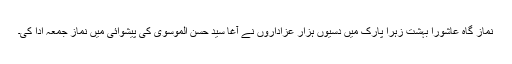
نماز گاہِ عاشورا بہشت زہراؑ پارک میں دسیوں ہزار عزاداروں نے آغا سید حسن الموسوی کی پیشوائی میں نماز جمعہ ادا کی۔